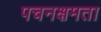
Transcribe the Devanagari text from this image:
पचनक्षमता